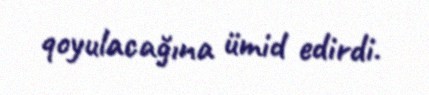
qoyulacağına ümid edirdi.